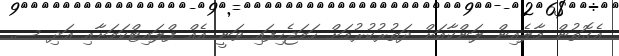
އެގޮތުން މާލެއިން ލަންކާއަށް ދަތުުރުކުރުމަށް ހަމަޖެހިފައި ވަނީ އެއް ފްލައިޓްކަމަށާއި އަދި ސ.